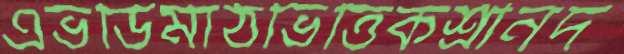
এভর্ডিমাঠভিত্তিকশ্রীনদ